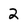
Character: 2